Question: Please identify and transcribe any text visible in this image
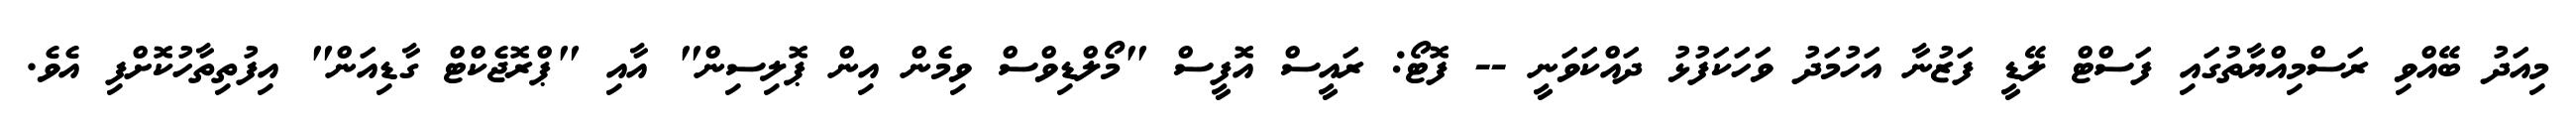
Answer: މިއަދު ބޭއްވި ރަސްމިއްޔާތުގައި ފަސްޓް ލޭޑީ ފަޒުނާ އަހުމަދު ވަހަކަފުޅު ދައްކަވަނީ -- ފޮޓޯ: ރައީސް އޮފީސް "މޯލްޑިވްސް ވިމެން އިން ޕޮލިސިން" އާއި "ޕްރޮޖެކްޓް ގާޑިއަން" އިފުތިތާހުކޮށްފި އެވެ.